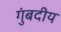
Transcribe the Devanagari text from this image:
गुंबदीय